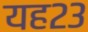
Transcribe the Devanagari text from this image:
यह२३